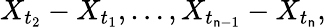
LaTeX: X_{t_{2}}-X_{t_{1}},\dots,X_{t_{\mathsf{n}-1}}-X_{t_{\mathsf{n}}},